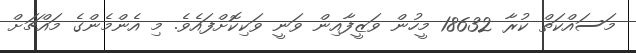
މަސައްކަތް ކުރާ 18632 މީހުން ވަޒީފާއިން ވަނީ ވަކިކޮށްފައެވެ. މި އެންމެންގެ މައްޗަށް